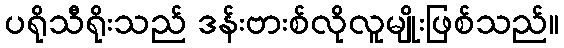
ပရိုသီရိုးသည် ဒန်းဗားစ်လိုလူမျိုးဖြစ်သည်။